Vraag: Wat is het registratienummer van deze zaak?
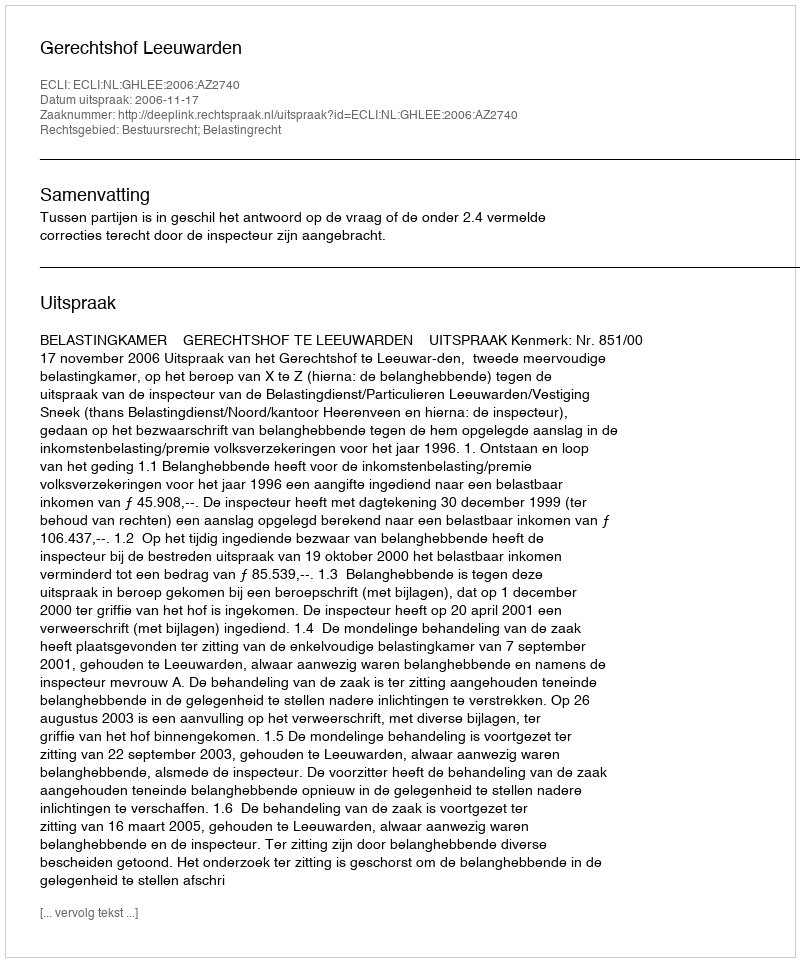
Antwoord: http://deeplink.rechtspraak.nl/uitspraak?id=ECLI:NL:GHLEE:2006:AZ2740